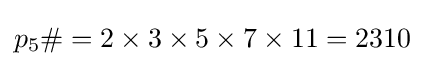
p_{5}\#=2\times 3\times 5\times 7\times 11=2310